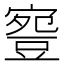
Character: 𧯳